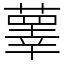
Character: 䕉